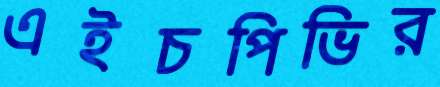
এইচপিভির